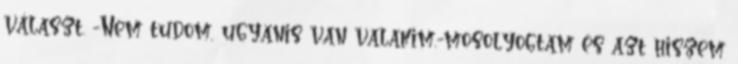
választ. -Nem tudom, ugyanis van valakim.-mosolyogtam és azt hiszem